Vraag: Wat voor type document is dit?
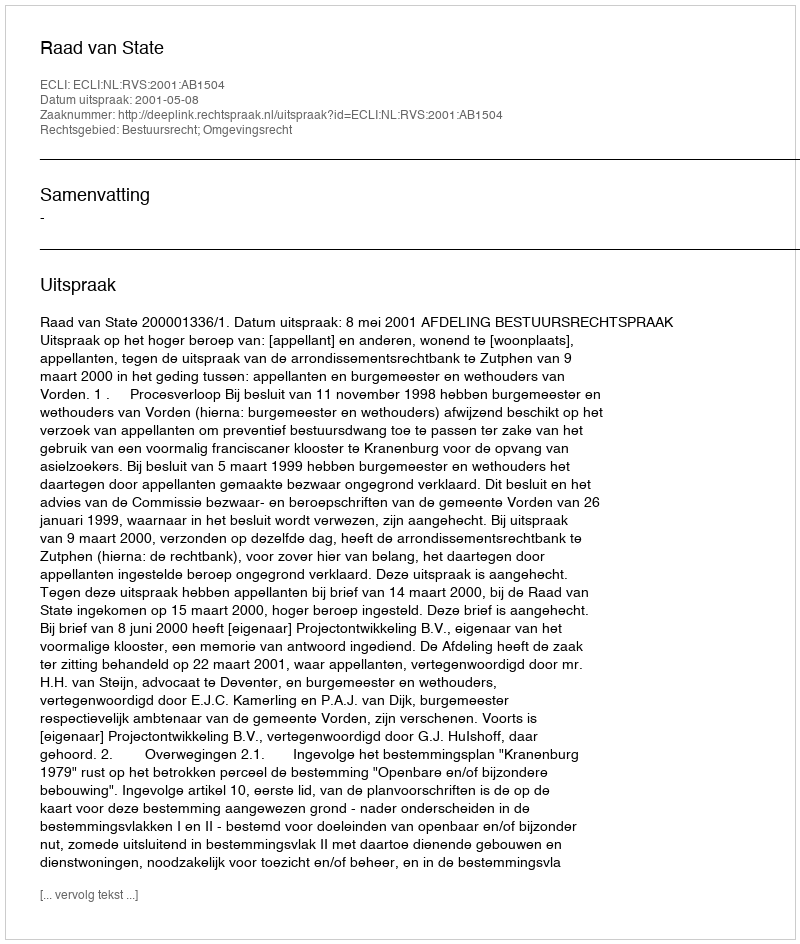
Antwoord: Uitspraak